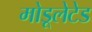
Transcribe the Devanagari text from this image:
मोडूलेटेड